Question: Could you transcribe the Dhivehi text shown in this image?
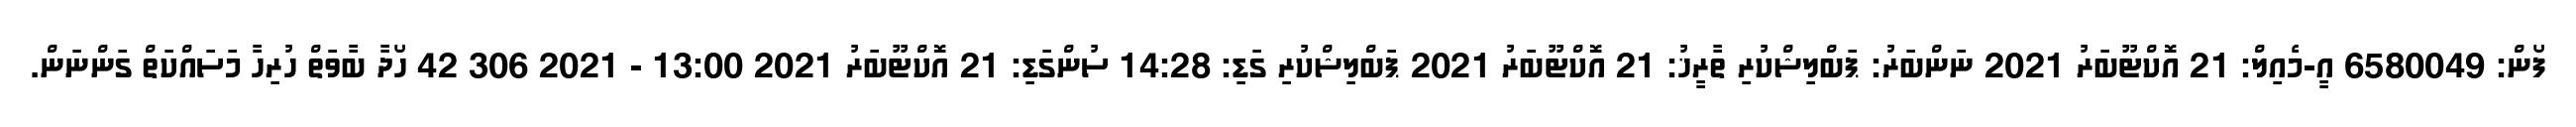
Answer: ފޯން: 6580049 އީ-މެއިލް: 21 އޮކްޓޫބަރު 2021 ނަންބަރު: ޕަބްލިޝްކުރި ތާރީޚު: 21 އޮކްޓޫބަރު 2021 ޕަބްލިޝްކުރި ގަޑި: 14:28 ސުންގަޑި: 21 އޮކްޓޫބަރު 2021 13:00 - 2021 306 42 ހޯދާ ބާވަތް ހުރިހާ މަސައްކަތް ގަންނަން.